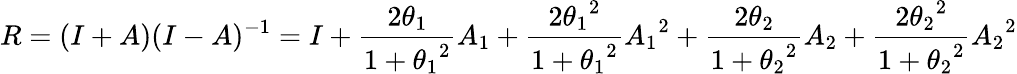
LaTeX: R=(I+A)(I-A)^{-1}=I+{\frac{2\theta_{1}}{1+{\theta_{1}}^{2}}}A_{1}+{\frac{2{\theta_{1}}^{2}}{1+{\theta_{1}}^{2}}}{A_{1}}^{2}+{\frac{2\theta_{2}}{1+{\theta_{2}}^{2}}}A_{2}+{\frac{2{\theta_{2}}^{2}}{1+{\theta_{2}}^{2}}}{A_{2}}^{2}